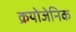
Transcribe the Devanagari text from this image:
क्रयोजेनिक